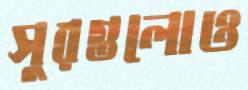
সুরগুলোও